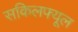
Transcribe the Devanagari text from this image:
सकिलफ्यूल